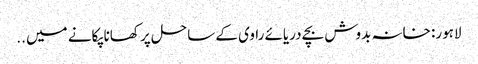
لاہور: خانہ بدوش بچے دریائے راوی کے ساحل پر کھانا پکانے میں ..